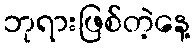
ဘုရားဖြစ်တဲ့နေ့